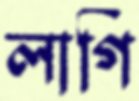
লাগি